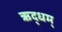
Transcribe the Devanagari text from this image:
ऋद्धम्